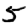
Digit: 5